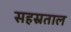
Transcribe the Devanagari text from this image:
सहस्रताल